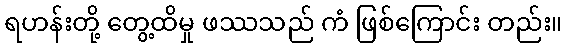
ရဟန်းတို့ တွေ့ထိမှု ဖဿသည် ကံ ဖြစ်ကြောင်း တည်း။